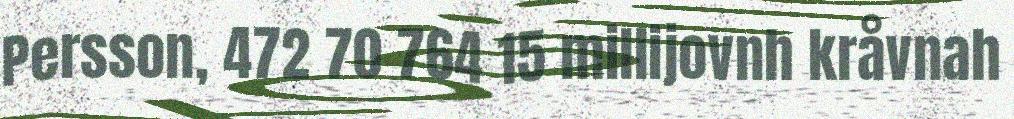
Persson, 472 70 764 15 millijovnh kråvnah